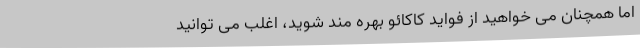
اما همچنان می خواهید از فواید کاکائو بهره مند شوید، اغلب می توانید